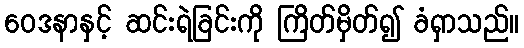
ဝေဒနာနှင့် ဆင်းရဲခြင်းကို ကြိတ်မှိတ်၍ ခံရှာသည်။